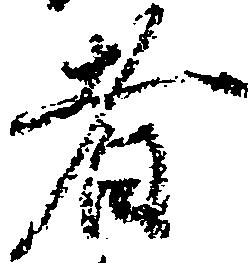
者